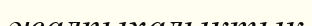
жалпыхалыктык